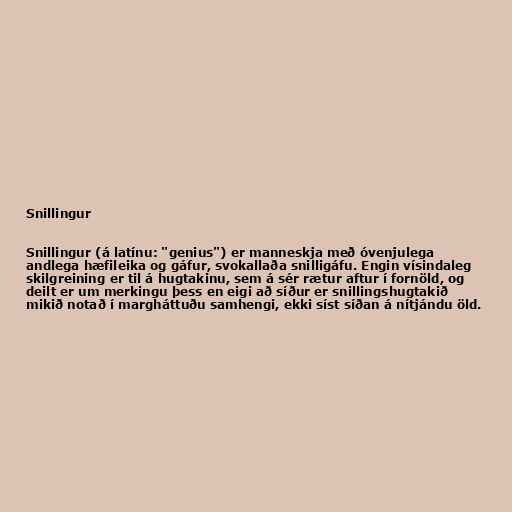
Snillingur

Snillingur (á latínu: "genius") er manneskja með óvenjulega
andlega hæfileika og gáfur, svokallaða snilligáfu. Engin vísindaleg
skilgreining er til á hugtakinu, sem á sér rætur aftur í fornöld, og
deilt er um merkingu þess en eigi að síður er snillingshugtakið
mikið notað í margháttuðu samhengi, ekki síst síðan á nítjándu öld.